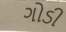
ગોડી